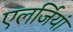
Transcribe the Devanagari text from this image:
एलर्जियां